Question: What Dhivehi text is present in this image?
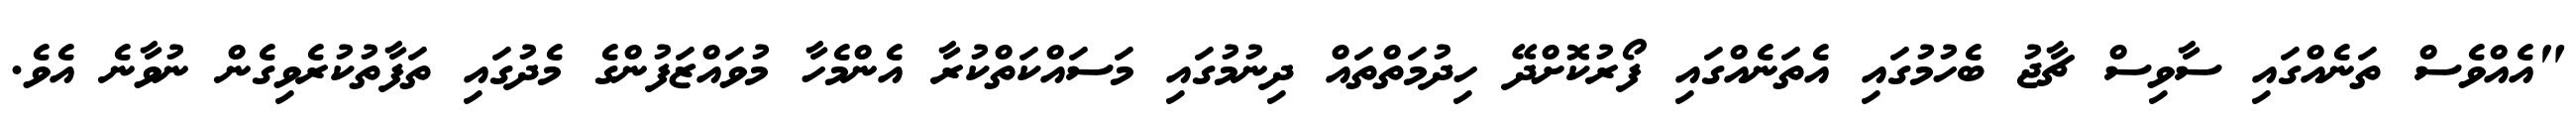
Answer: "އެއްވެސް ތަނެއްގައި ސާވިސް ޗާޖު ބެހުމުގައި އެތަނެއްގައި ފޯރުކޮށްދޭ ހިދުމަތްތައް ދިނުމުގައި މަސައްކަތްކުރާ އެންމެހާ މުވައްޒަފުންގެ މެދުގައި ތަފާތުކުރެވިގެން ނުވާނެ އެވެ.